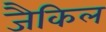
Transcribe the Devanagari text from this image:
जैकिल